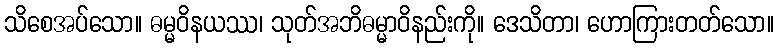
သိစေအပ်သော။ ဓမ္မဝိနယဿ၊ သုတ်အဘိဓမ္မာဝိနည်းကို။ ဒေသိတာ၊ ဟောကြားတတ်သော။